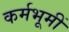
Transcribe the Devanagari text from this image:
कर्मभूमीं